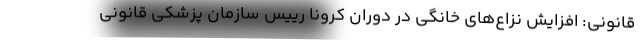
قانونی: افزایش نزاع‌های خانگی در دوران کرونا رییس سازمان پزشکی قانونی